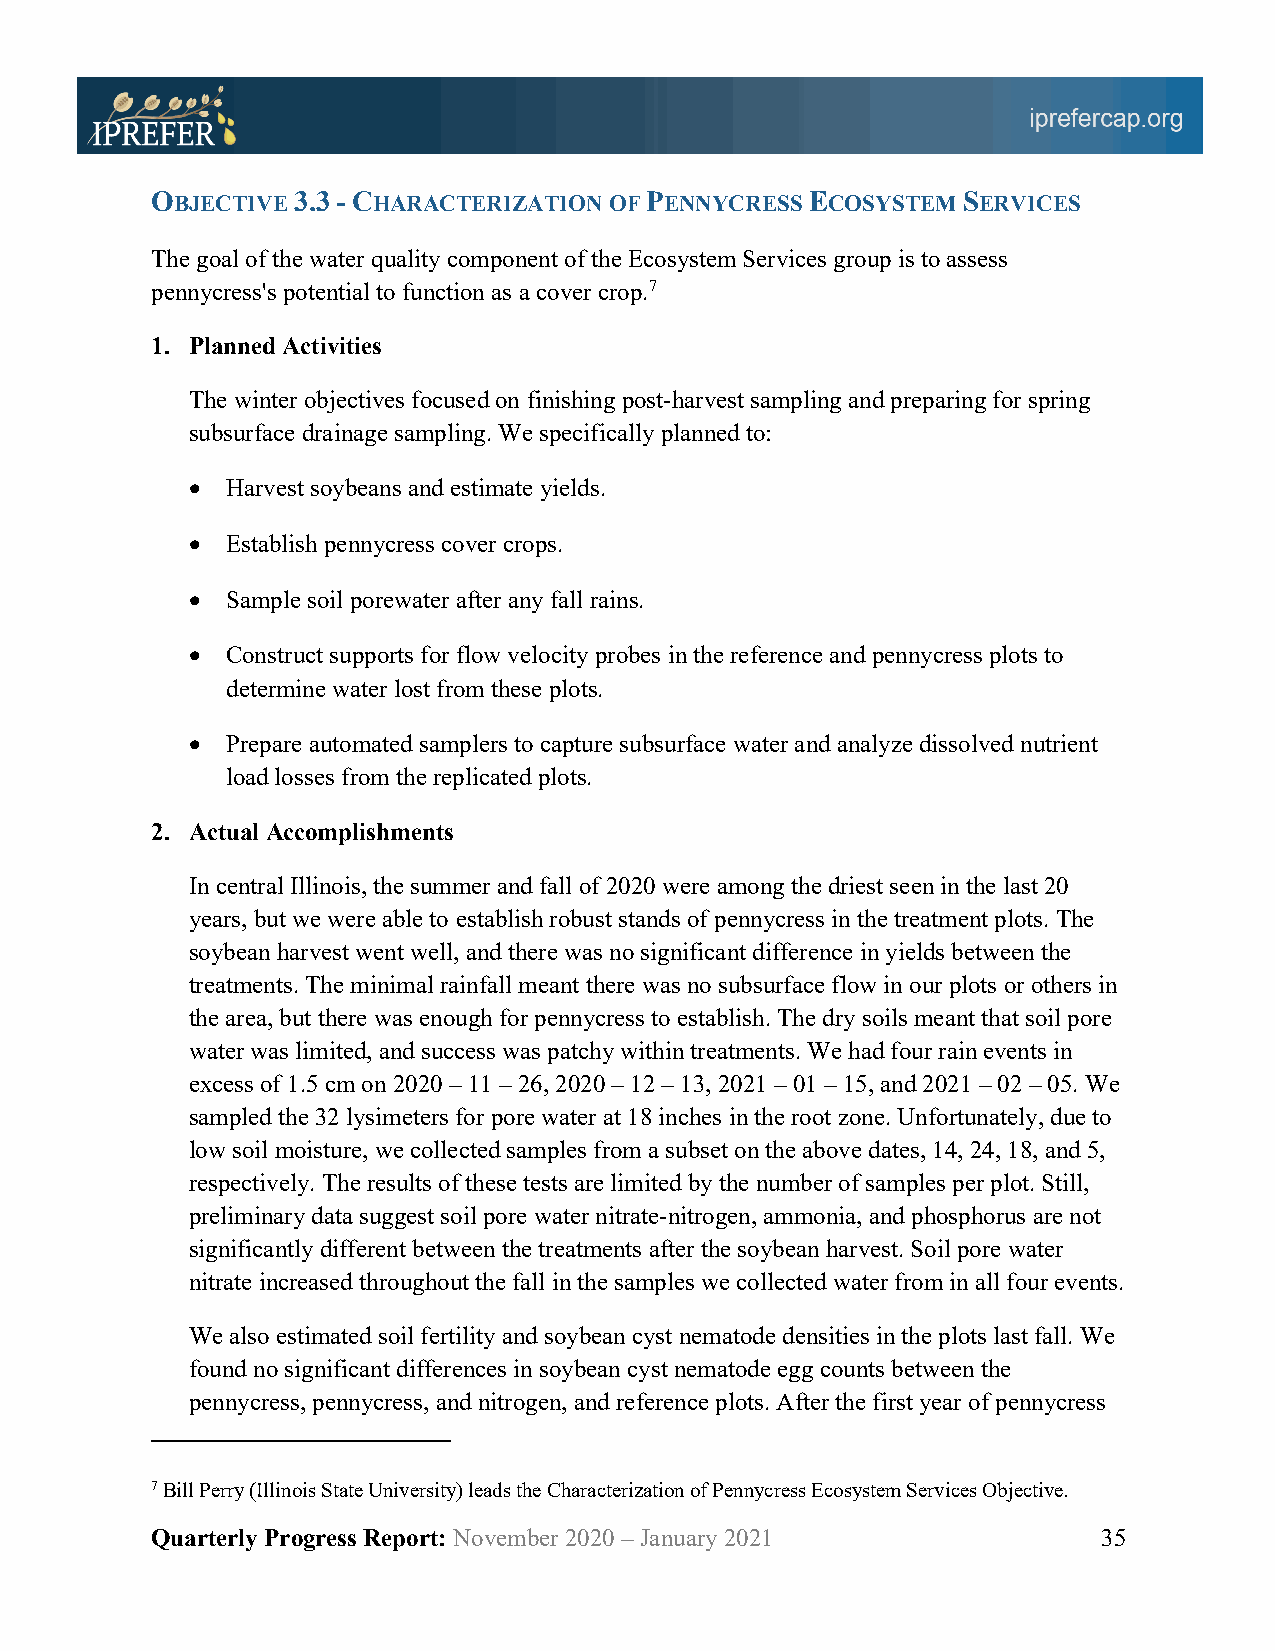
OBJECTIVE 3.3 - CHARACTERIZATION OF PENNYCRESS ECOSYSTEM SERVICES
 The goal of the water quality component of the Ecosystem Services group is to assess
 pennycress's potential to function as a cover crop.7
 1. Planned Activities
 The winter objectives focused on finishing post-harvest sampling and preparing for spring
 subsurface drainage sampling. We specifically planned to:
 •  Harvest soybeans and estimate yields.
 •  Establish pennycress cover crops.
 •  Sample soil porewater after any fall rains.
 •  Construct supports for flow velocity probes in the reference and pennycress plots to
 determine water lost from these plots.
 •  Prepare automated samplers to capture subsurface water and analyze dissolved nutrient
 load losses from the replicated plots.
 2. Actual Accomplishments
 In central Illinois, the summer and fall of 2020 were among the driest seen in the last 20
 years, but we were able to establish robust stands of pennycress in the treatment plots. The
 soybean harvest went well, and there was no significant difference in yields between the
 treatments. The minimal rainfall meant there was no subsurface flow in our plots or others in
 the area, but there was enough for pennycress to establish. The dry soils meant that soil pore
 water was limited, and success was patchy within treatments. We had four rain events in
 excess of 1.5 cm on 2020 – 11 – 26, 2020 – 12 – 13, 2021 – 01 – 15, and 2021 – 02 – 05. We
 sampled the 32 lysimeters for pore water at 18 inches in the root zone. Unfortunately, due to
 low soil moisture, we collected samples from a subset on the above dates, 14, 24, 18, and 5,
 respectively. The results of these tests are limited by the number of samples per plot. Still,
 preliminary data suggest soil pore water nitrate-nitrogen, ammonia, and phosphorus are not
 significantly different between the treatments after the soybean harvest. Soil pore water
 nitrate increased throughout the fall in the samples we collected water from in all four events.
 We also estimated soil fertility and soybean cyst nematode densities in the plots last fall. We
 found no significant differences in soybean cyst nematode egg counts between the
 pennycress, pennycress, and nitrogen, and reference plots. After the first year of pennycress
 7 Bill Perry (Illinois State University) leads the Characterization of Pennycress Ecosystem Services Objective.
 Quarterly Progress Report: November 2020 – January 2021        35